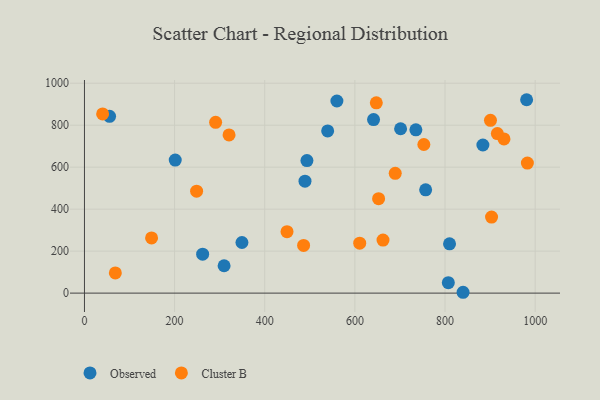
{"axis": {"x": "Investment", "y": "Profit"}, "legend": ["Cluster B", "Observed"], "data": [{"x": "735.3", "y": 778.0, "type": "Observed"}, {"x": "493.6", "y": 631.7, "type": "Observed"}, {"x": "807.3", "y": 49.9, "type": "Observed"}, {"x": "489.3", "y": 533.4, "type": "Observed"}, {"x": "701.4", "y": 783.0, "type": "Observed"}, {"x": "641.4", "y": 826.9, "type": "Observed"}, {"x": "309.8", "y": 130.4, "type": "Observed"}, {"x": "884.0", "y": 705.7, "type": "Observed"}, {"x": "560.1", "y": 915.3, "type": "Observed"}, {"x": "262.2", "y": 185.7, "type": "Observed"}, {"x": "539.6", "y": 772.6, "type": "Observed"}, {"x": "757.0", "y": 492.2, "type": "Observed"}, {"x": "981.0", "y": 921.4, "type": "Observed"}, {"x": "840.0", "y": 4.0, "type": "Observed"}, {"x": "349.4", "y": 241.2, "type": "Observed"}, {"x": "810.0", "y": 234.7, "type": "Observed"}, {"x": "55.7", "y": 842.5, "type": "Observed"}, {"x": "201.4", "y": 634.0, "type": "Observed"}, {"x": "982.7", "y": 619.5, "type": "Cluster B"}, {"x": "930.8", "y": 734.6, "type": "Cluster B"}, {"x": "610.7", "y": 238.0, "type": "Cluster B"}, {"x": "40.3", "y": 853.8, "type": "Cluster B"}, {"x": "320.8", "y": 753.5, "type": "Cluster B"}, {"x": "148.9", "y": 262.9, "type": "Cluster B"}, {"x": "291.0", "y": 813.5, "type": "Cluster B"}, {"x": "900.8", "y": 823.3, "type": "Cluster B"}, {"x": "903.2", "y": 362.4, "type": "Cluster B"}, {"x": "662.4", "y": 252.5, "type": "Cluster B"}, {"x": "652.6", "y": 449.8, "type": "Cluster B"}, {"x": "753.0", "y": 708.0, "type": "Cluster B"}, {"x": "689.5", "y": 570.7, "type": "Cluster B"}, {"x": "248.8", "y": 485.9, "type": "Cluster B"}, {"x": "449.4", "y": 292.8, "type": "Cluster B"}, {"x": "647.5", "y": 906.4, "type": "Cluster B"}, {"x": "486.2", "y": 227.2, "type": "Cluster B"}, {"x": "916.1", "y": 760.3, "type": "Cluster B"}, {"x": "68.5", "y": 96.2, "type": "Cluster B"}]}